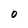
Character: O